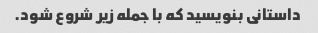
داستانی بنویسید که با جمله زیر شروع شود.